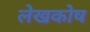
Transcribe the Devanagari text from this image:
लेखकोष